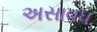
અસાવધ